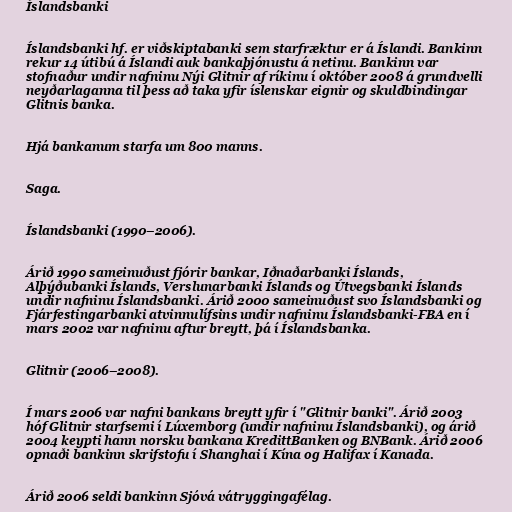
Íslandsbanki

Íslandsbanki hf. er viðskiptabanki sem starfræktur er á Íslandi. Bankinn
rekur 14 útibú á Íslandi auk bankaþjónustu á netinu. Bankinn var
stofnaður undir nafninu Nýi Glitnir af ríkinu í október 2008 á grundvelli
neyðarlaganna til þess að taka yfir íslenskar eignir og skuldbindingar
Glitnis banka.

Hjá bankanum starfa um 800 manns.

Saga.

Íslandsbanki (1990–2006).

Árið 1990 sameinuðust fjórir bankar, Iðnaðarbanki Íslands,
Alþýðubanki Íslands, Verslunarbanki Íslands og Útvegsbanki Íslands
undir nafninu Íslandsbanki. Árið 2000 sameinuðust svo Íslandsbanki og
Fjárfestingarbanki atvinnulífsins undir nafninu Íslandsbanki-FBA en í
mars 2002 var nafninu aftur breytt, þá í Íslandsbanka.

Glitnir (2006–2008).

Í mars 2006 var nafni bankans breytt yfir í "Glitnir banki". Árið 2003
hóf Glitnir starfsemi í Lúxemborg (undir nafninu Íslandsbanki), og árið
2004 keypti hann norsku bankana KredittBanken og BNBank. Árið 2006
opnaði bankinn skrifstofu í Shanghai í Kína og Halifax í Kanada.

Árið 2006 seldi bankinn Sjóvá vátryggingafélag.